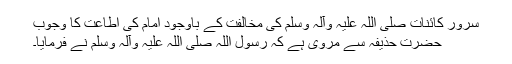
سرور کائنات صلی اللہ علیہ وآلہ وسلم کی مخالفت کے باوجود امام کی اطاعت کا وجوب
حضرت حذیفہ سے مروی ہے کہ رسول اللہ صلی اللہ علیہ وآلہ وسلم نے فرمایا۔